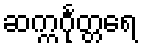
ဆက္ကင်္ဂုတ္တရေ